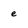
Character: e